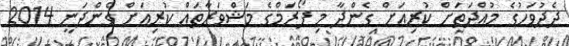
ދެދުވަހުގެ މުއްދަތަށް ކުރިއަށް ގެންދާ މި ފޯރަމްގެ މަޝްވަރާތައް ކުރިއަށް ގެންދަނީ 2014